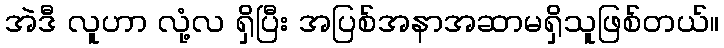
အဲဒီ လူဟာ လုံ့လ ရှိပြီး အပြစ်အနာအဆာမရှိသူဖြစ်တယ်။